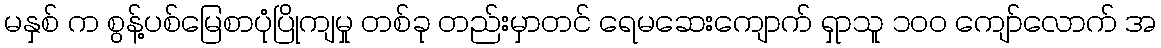
မနှစ် က စွန့်ပစ်မြေစာပုံပြိုကျမှု တစ်ခု တည်းမှာတင် ရေမဆေးကျောက် ရှာသူ ၁၀၀ ကျော်လောက် အ